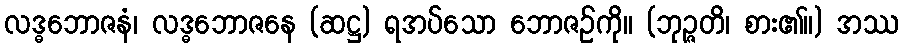
လဒ္ဓဘောဇနံ၊ လဒ္ဓဘောဇနေ (ဆဋ္ဌ) ရအပ်သော ဘောဇဉ်ကို။ (ဘုဉ္ဇတိ၊ စား၏။) အဿ